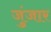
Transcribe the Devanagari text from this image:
जुंजार